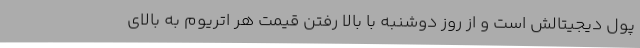
پول دیجیتالش است و از روز دوشنبه با بالا رفتن قیمت هر اتریوم به بالای